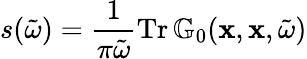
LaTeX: s(\tilde{\omega})=\frac{1}{\pi\tilde{\omega}}\operatorname{Tr}\mathbb{G}_{0}(\mathbf{x},\mathbf{x},\tilde{\omega})